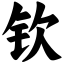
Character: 钦